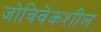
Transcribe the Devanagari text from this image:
जोविवेकशील